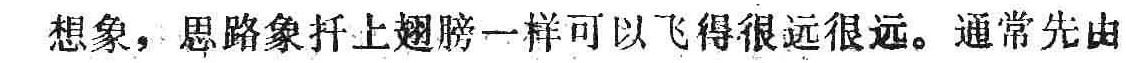
想象，思路象扦上翅膀一样可以飞得很远很远。通常先由